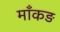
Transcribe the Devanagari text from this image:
माँकड़